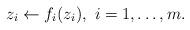
LaTeX: \begin{align*}z_i\leftarrow f_i(z_i),~i=1,\dots,m. \end{align*}